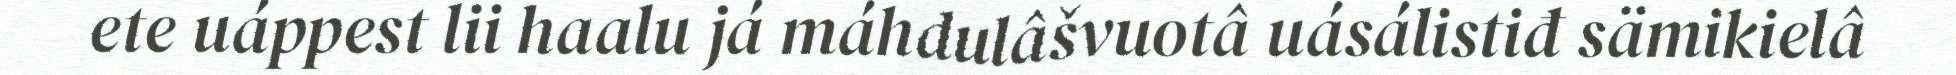
ete uáppest lii haalu já máhdulâšvuotâ uásálistiđ sämikielâ